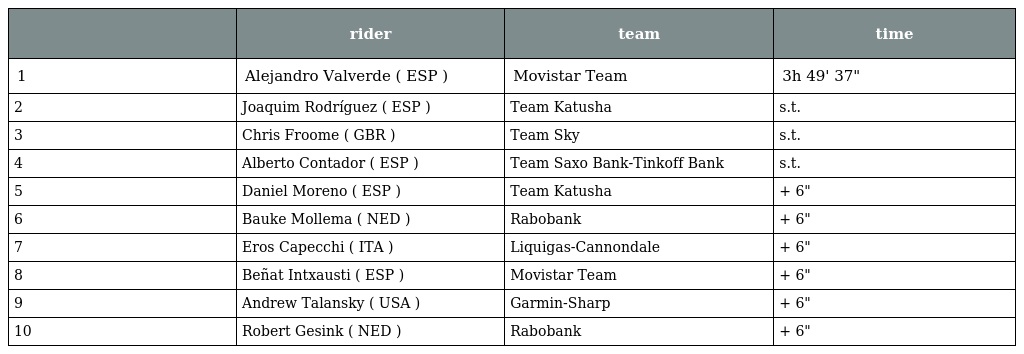
|  | rider | team | time |
 | --- | --- | --- | --- |
 | 1 | Alejandro Valverde ( ESP ) | Movistar Team | 3h 49' 37" |
 | 2 | Joaquim Rodríguez ( ESP ) | Team Katusha | s.t. |
 | 3 | Chris Froome ( GBR ) | Team Sky | s.t. |
 | 4 | Alberto Contador ( ESP ) | Team Saxo Bank-Tinkoff Bank | s.t. |
 | 5 | Daniel Moreno ( ESP ) | Team Katusha | + 6" |
 | 6 | Bauke Mollema ( NED ) | Rabobank | + 6" |
 | 7 | Eros Capecchi ( ITA ) | Liquigas-Cannondale | + 6" |
 | 8 | Beñat Intxausti ( ESP ) | Movistar Team | + 6" |
 | 9 | Andrew Talansky ( USA ) | Garmin-Sharp | + 6" |
 | 10 | Robert Gesink ( NED ) | Rabobank | + 6" |